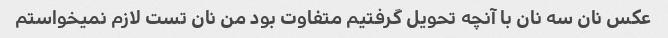
عکس نان سه نان با آنچه تحویل گرفتیم متفاوت بود من نان تست لازم نمیخواستم